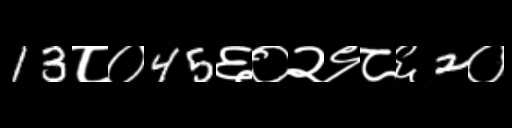
Text: 13८०45६०२९८६2०